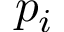
p _ { i }